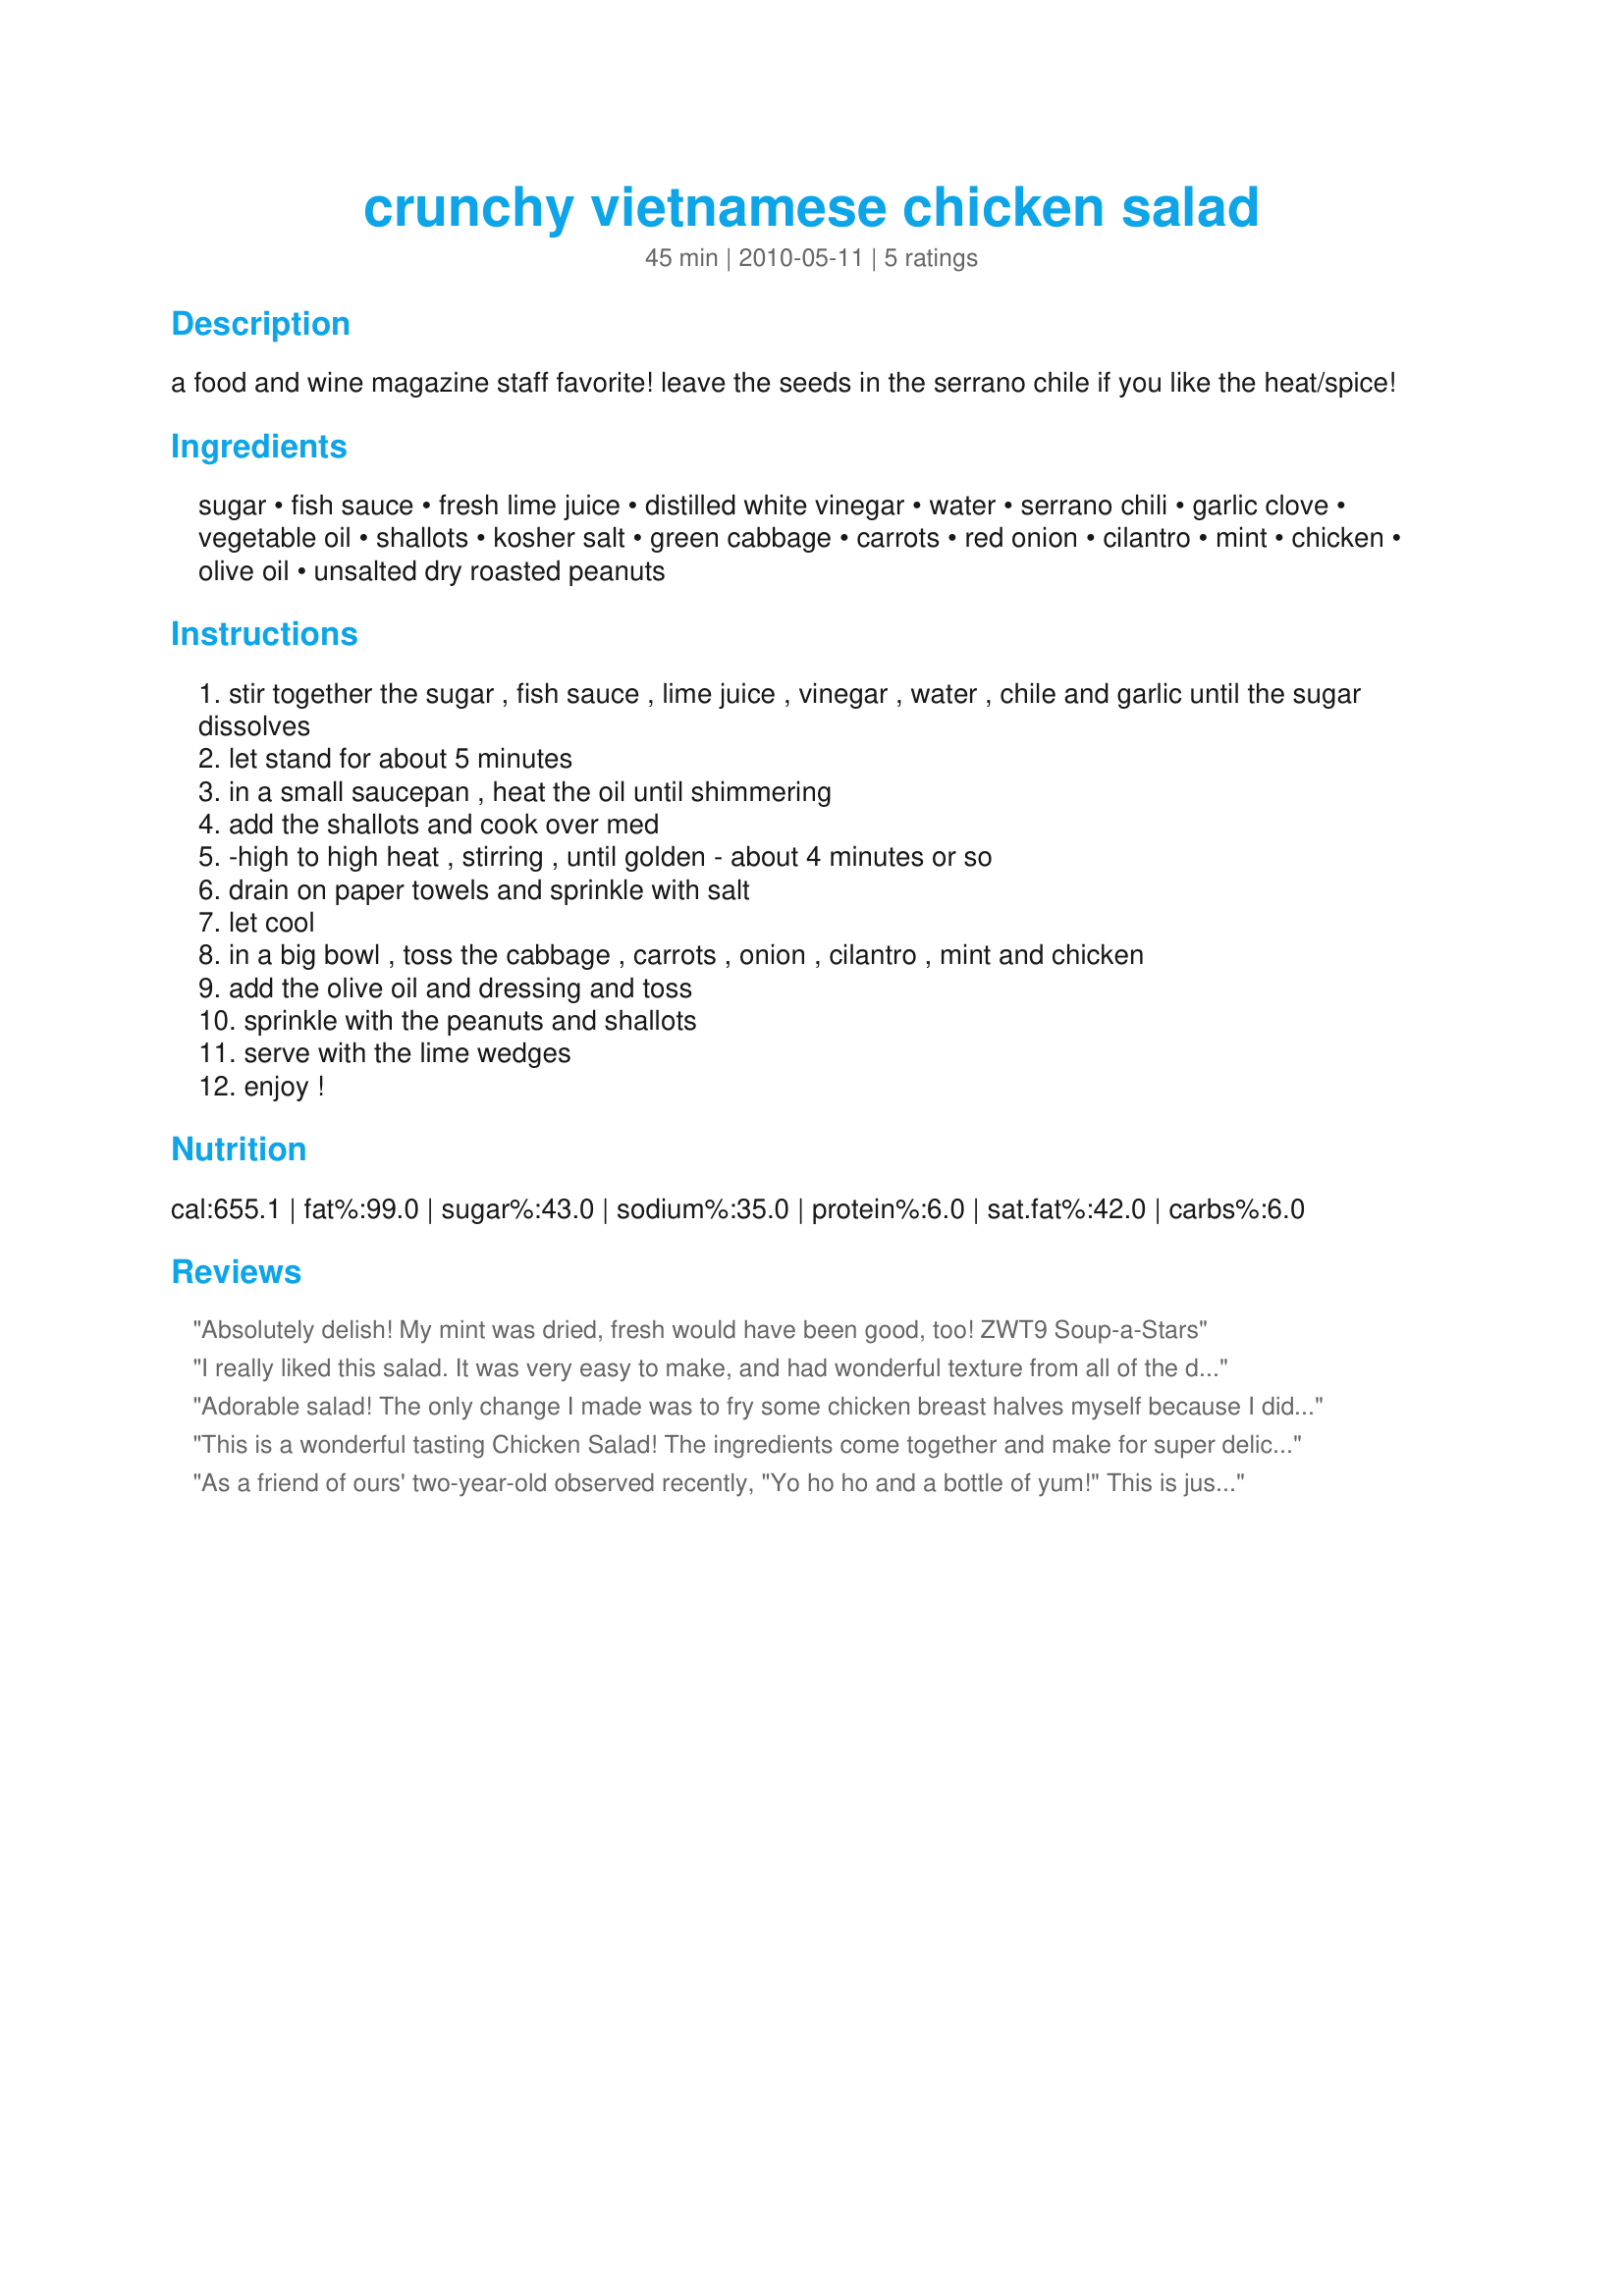
crunchy vietnamese chicken salad
Preparation time: 45 minutes

a food and wine magazine staff favorite! leave the seeds in the serrano chile if you like the heat/spice!

Ingredients:
sugar, fish sauce, fresh lime juice, distilled white vinegar, water, serrano chili, garlic clove, vegetable oil, shallots, kosher salt, green cabbage, carrots, red onion, cilantro, mint, chicken, olive oil, unsalted dry roasted peanuts

Steps:
stir together the sugar , fish sauce , lime juice , vinegar , water , chile and garlic until the sugar dissolves
let stand for about 5 minutes
in a small saucepan , heat the oil until shimmering
add the shallots and cook over med
-high to high heat , stirring , until golden - about 4 minutes or so
drain on paper towels and sprinkle with salt
let cool
in a big bowl , toss the cabbage , carrots , onion , cilantro , mint and chicken
add the olive oil and dressing and toss
sprinkle with the peanuts and shallots
serve with the lime wedges
enjoy !

Reviews:
Absolutely delish! My mint was dried, fresh would have been good, too! ZWT9 Soup-a-Stars
I really liked this salad. It was very easy to make, and had wonderful texture from all of the different ingredients- the crunch of the peanuts, shallots and cabbage and onion compared to the juiciness of the chicken and herbs. The dressing was wonderful- I love the combination of fish sauce and lime juice; although I think I'd use rice vinegar next time instead of plain white vinegar. Overall, a wonderful dish for lunch or a light supper, especially with a glass of white wine on the patio on a summer day. Thanks for posting!
Adorable salad! The only change I made was to fry some chicken breast halves myself because I didn&#039;t have rotisserie chicken on hand. We had this for dinner and absolutely loved it. Thanks for posting! I&#039;ll make this again :)&lt;br/&gt;Made for ZWT 9 / SE Asia for The Apron String Travelers
This is a wonderful tasting Chicken Salad! The ingredients come together and make for super delicious. Perfect for summer!! Thank you we enjoyed every bite.
As a friend of ours' two-year-old observed recently, "Yo ho ho and a bottle of yum!" This is just wonderful! The french-fried shallots are a delicious touch!Forgot to add the red onions and the olive oil; didn't miss 'em a bit, although I'll probably remember to next time -- which is likely to be *very* soon! Thanks for posting.
